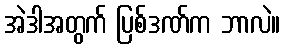
အဲဒါအတွက် ပြစ်ဒဏ်က ဘာလဲ။